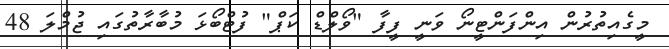
މީގެއިތުރުން އިންފަންޓީނޯ ވަނީ ފީފާ "ވޯލްޑް ކަޕް" ފުޓްބޯޅަ މުބާރާތުގައި ޖުމްލަ 48